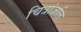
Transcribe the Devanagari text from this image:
चित्रांजलि